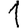
Digit: 1